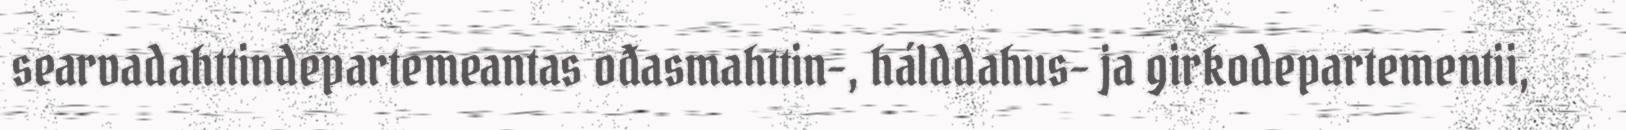
searvadahttindepartemeantas ođasmahttin-, hálddahus- ja girkodepartementii,